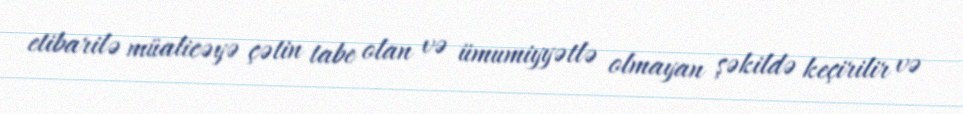
etibarilə müalicəyə çətin tabe olan və ümumiyyətlə olmayan şəkildə keçirilir və